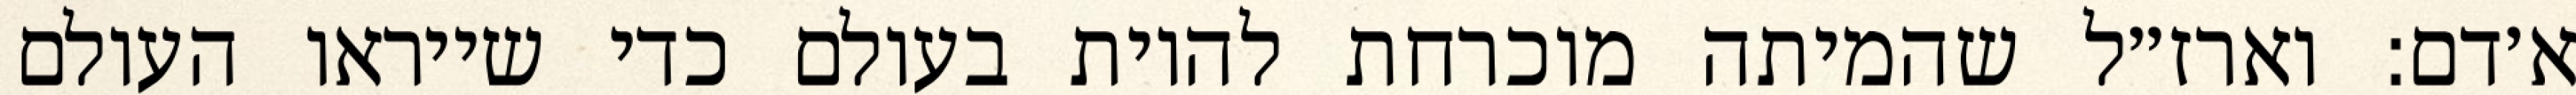
א׳דם: וארז״ל שהמיתה מוכרחת להיות בעולם כדי שייראו העולם